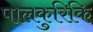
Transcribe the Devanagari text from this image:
पालकुरिकि